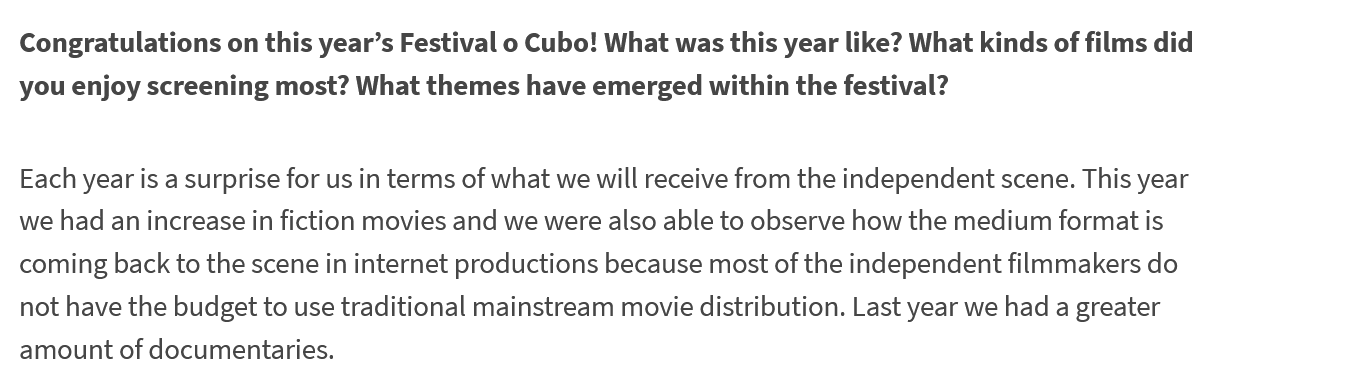
Congratulations on this year’s Festival o Cubo! What was this year like? What kinds of films did
  you enjoy screening most? What themes have emerged within the festival?
  Each year is a surprise for us in terms of what we will receive from the independent scene. This year
  we had an increase in fiction movies and we were also able to observe how the medium format is
  coming back to the scene in internet productions because most of the independent filmmakers do
  not have the budget to use traditional mainstream movie distribution. Last year we had a greater
  amount of documentaries.